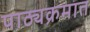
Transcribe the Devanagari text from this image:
पाठ्यक्रमात